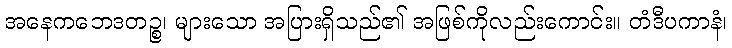
အနေကဘေဒတဉ္စ၊ များသော အပြားရှိသည်၏ အဖြစ်ကိုလည်းကောင်း။ တံဒီပကာနံ၊